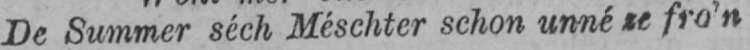
De Summer séch Méschter schon unné se fro’n